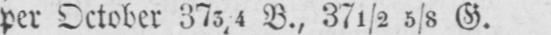
per October 373/4 B., 37½ 5/8 G.